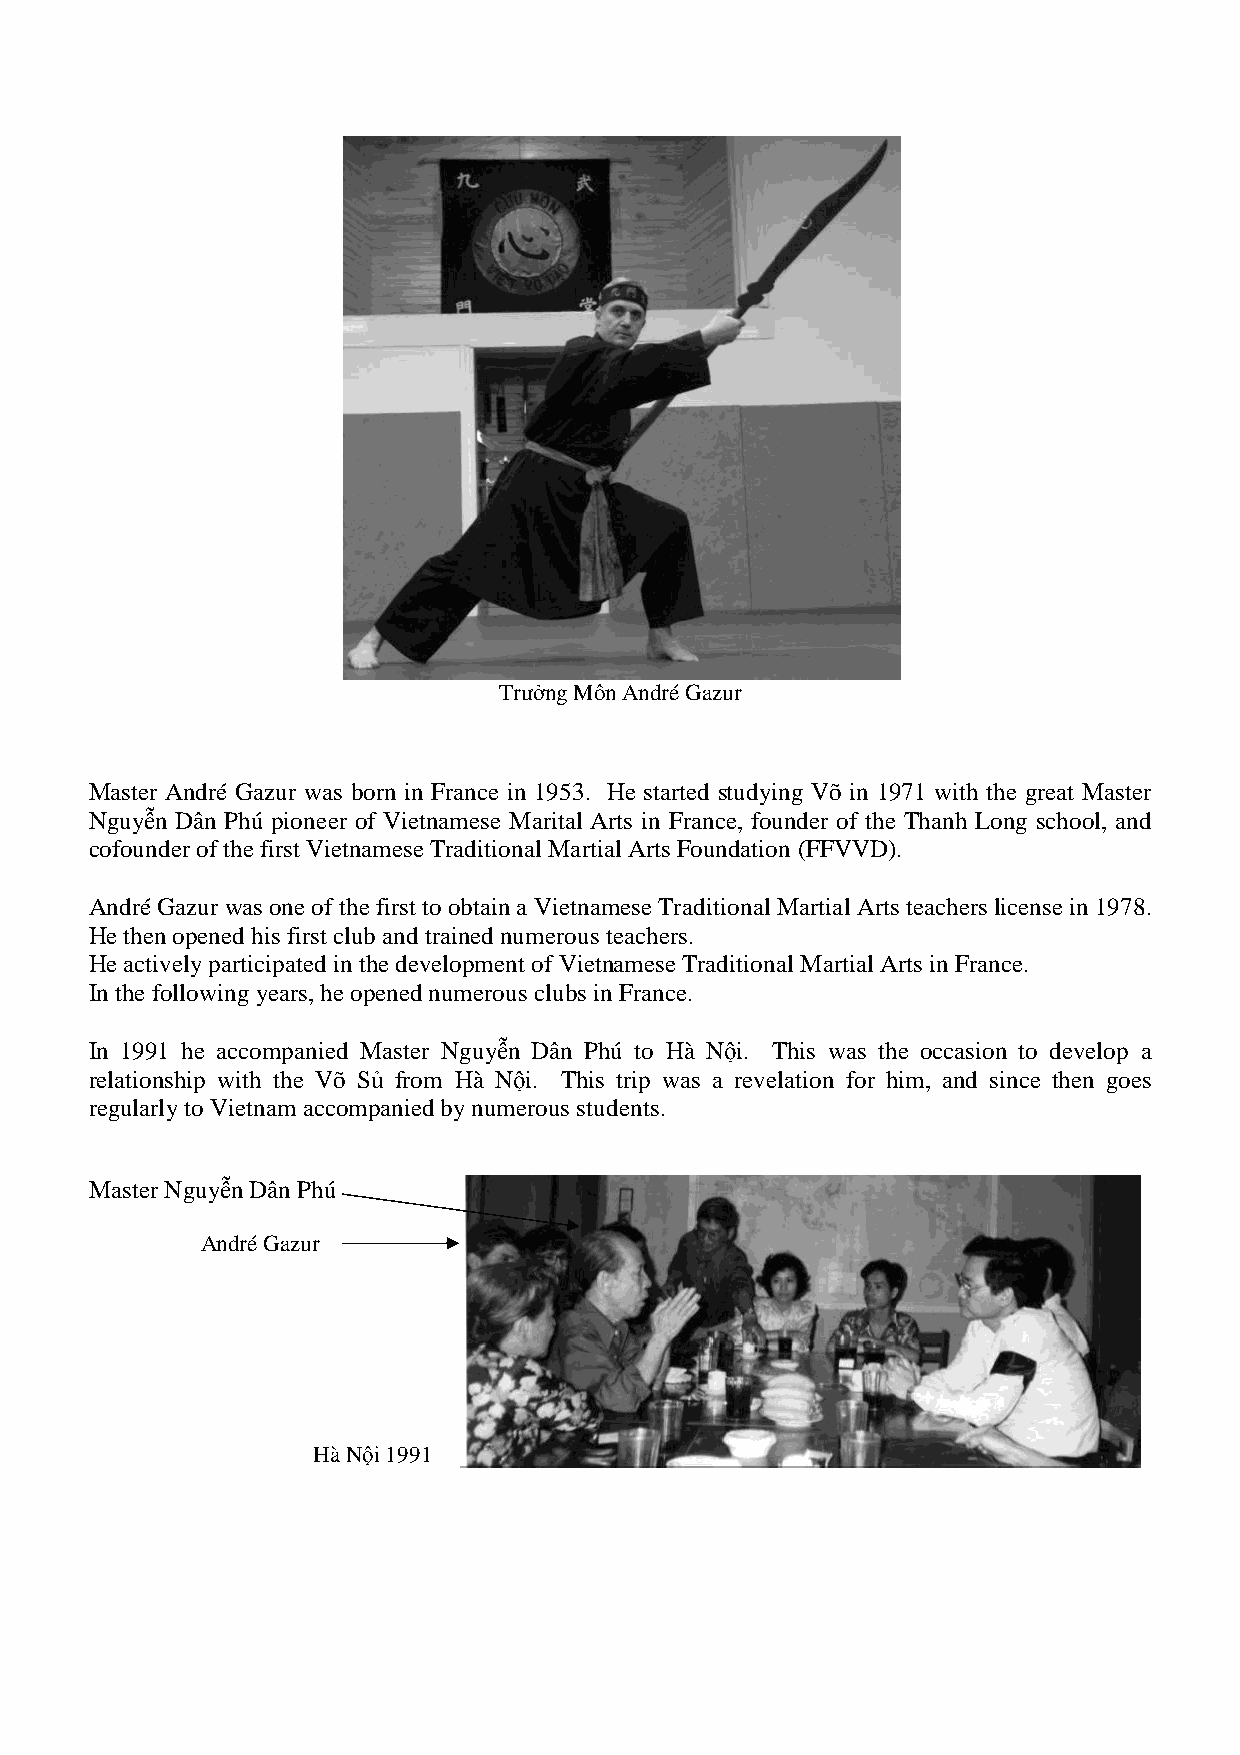
Trưởng Môn André Gazur
 MMaasstteerr AAnnddrréé GGaazzuurr wwaass bboorrnn iinn FFrraannccee iinn 11995533.. HHee ssttaarrtteedd studying Võ in 11997711 wwiitthh tthhee ggrreeaatt MMaasstteerr
 Nguyễn Dân Phú pioneer ooff VViieettnnaammeessee MMaarriittaall Arts in France, founder of the Thanh Long school, and
 cofounder of tthhee ffiirrsstt VViieettnnaammeessee TTrraaddiittiioonnaall MMaarrttiiaall AArrttss Foundation (FFFFVVVVDD))..
 André Gazur wwwaaasss ooonnneee ooofff ttthhheee fffiiirrrsssttt tttooo ooobbbtttaaaiiinnn aaa VVViiieeetttnnnaaammmeeessseee TTTrrraaadddiiitttiiiooonnnaaalll MMMaaarrrtttiiiaaalll AAArrrtttsss ttteeeaaaccchhheeerrrsss license in 1978.
 HHee tthheenn ooppeenneedd hhiiss ffiirrsstt cclluubb aanndd ttrraaiinneedd nnuummeerroouuss tteeaacchheerrss..
 HHHeee aaaccctttiiivvveeelllyyy pppaaarrrtttiiiccciiipppaaattteeeddd iiinnn ttthhheee dddeeevvveeelllooopppmmmeeennnttt ooofff VVViiieeetttnnnaaammmeeessseee TTTrrraaadddiiitttiiiooonnnaaalll MMMaaarrrtttiiiaaalll AAArrrtttsss iiinnn FFFrrraaannnccceee...
 IInn tthhee ffoolllloowwiinngg yyeeaarrss,, hhee ooppeenneedd nnuummeerroouuss cclluubs in France.
 IInn 11999911 hhee aaccccoommppaanniieedd MMaasstteerr NNgguuyyễn Dân Phú to Hà Nộii.. TThhiiss wwaass tthhee occasion to develop a
 relationship with the Võ Sủ ffrroomm HHàà NNội. This trip was a revelation for hhiimm,, aanndd ssiinnccee then goes
 regularly to Vietnam aaccccoommppaanniieedd bbyy nnuummeerroouuss ssttuuddeennttss..
 Master Nguyễn Dân Phú
 André Gazur
 Hà Nội 1991